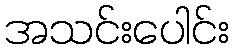
အသင်းပေါင်း